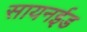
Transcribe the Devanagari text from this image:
सायनईड